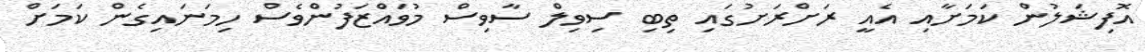
އޮފިޝަލުން ކަމަށާއި އެއީ ރަށްރަށުގައި ތިބި ސިވިލް ސާވިސް މުވައްޒަފުންވެސް ހިމަނައިގެން ކަމަށް